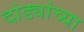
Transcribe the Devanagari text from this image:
दांड्यांच्या